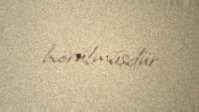
hörülmüşdür.